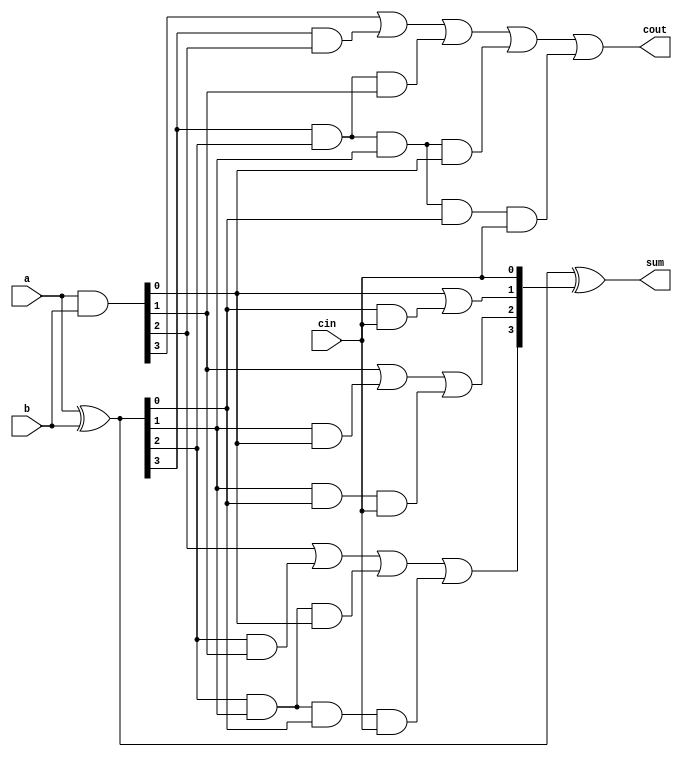
module carry_look_ahead_4bit(a,b, cin, sum,cout);
input [3:0] a,b;
input cin;
output [3:0] sum;
output cout;
 
wire [3:0] p,g,c;
 
assign p=a^b;//propagate
assign g=a&b; //generate
 
//carry=gi + Pi.ci
 
assign c[0]=cin;
assign c[1]= g[0]|(p[0]&c[0]);
assign c[2]= g[1] | (p[1]&g[0]) | p[1]&p[0]&c[0];
assign c[3]= g[2] | (p[2]&g[1]) | p[2]&p[1]&g[0] | p[2]&p[1]&p[0]&c[0];
assign cout= g[3] | (p[3]&g[2]) | p[3]&p[2]&g[1] | p[3]&p[2]&p[1]&g[0] | p[3]&p[2]&p[1]&p[0]&c[0];
assign sum=p^c;
 
endmodule